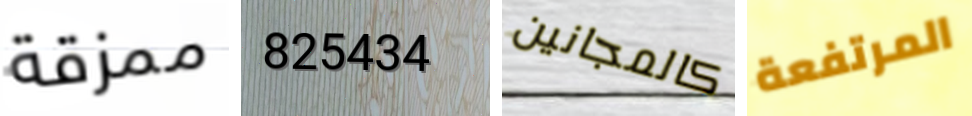
ممزقة 825434 كالمجانين المرتفعة